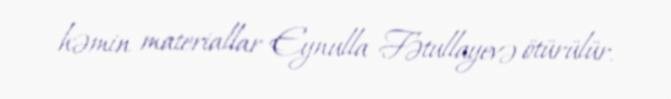
həmin materiallar Eynulla Fətullayevə ötürülür.